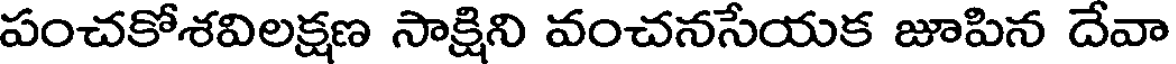
పంచకోశవిలక్షణ సాక్షిని వంచనసేయక జూపిన దేవా